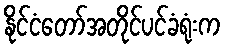
နိုင်ငံတော်အတိုင်ပင်ခံရုံးက